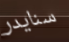
سنايدر